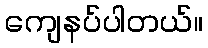
ကျေနပ်ပါတယ်။